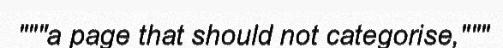
"""a page that should not categorise,"""